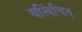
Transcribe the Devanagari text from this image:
यत्विंचित्